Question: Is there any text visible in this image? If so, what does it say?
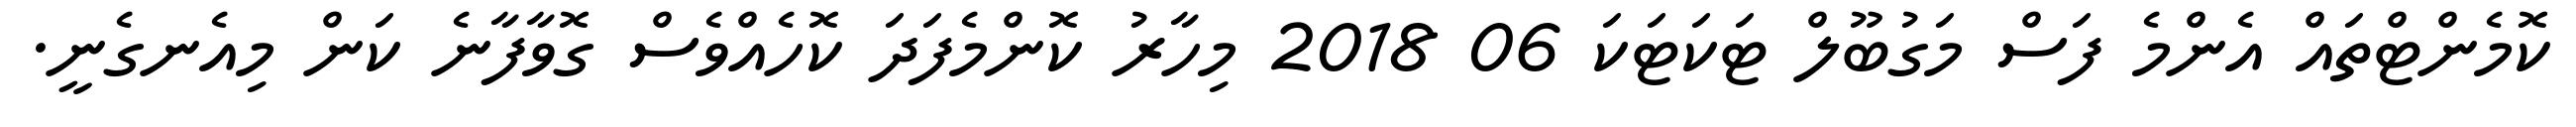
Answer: ކޮމެންޓްތައް އެންމެ ފަސް މަގުބޫލް ޓަކަޓަކަ 06 2018 މިހާރު ކޮންމެފަދަ ކޮހެއްވެސް ގޮވާފާނެ ކަން މިއެނގެނީ.